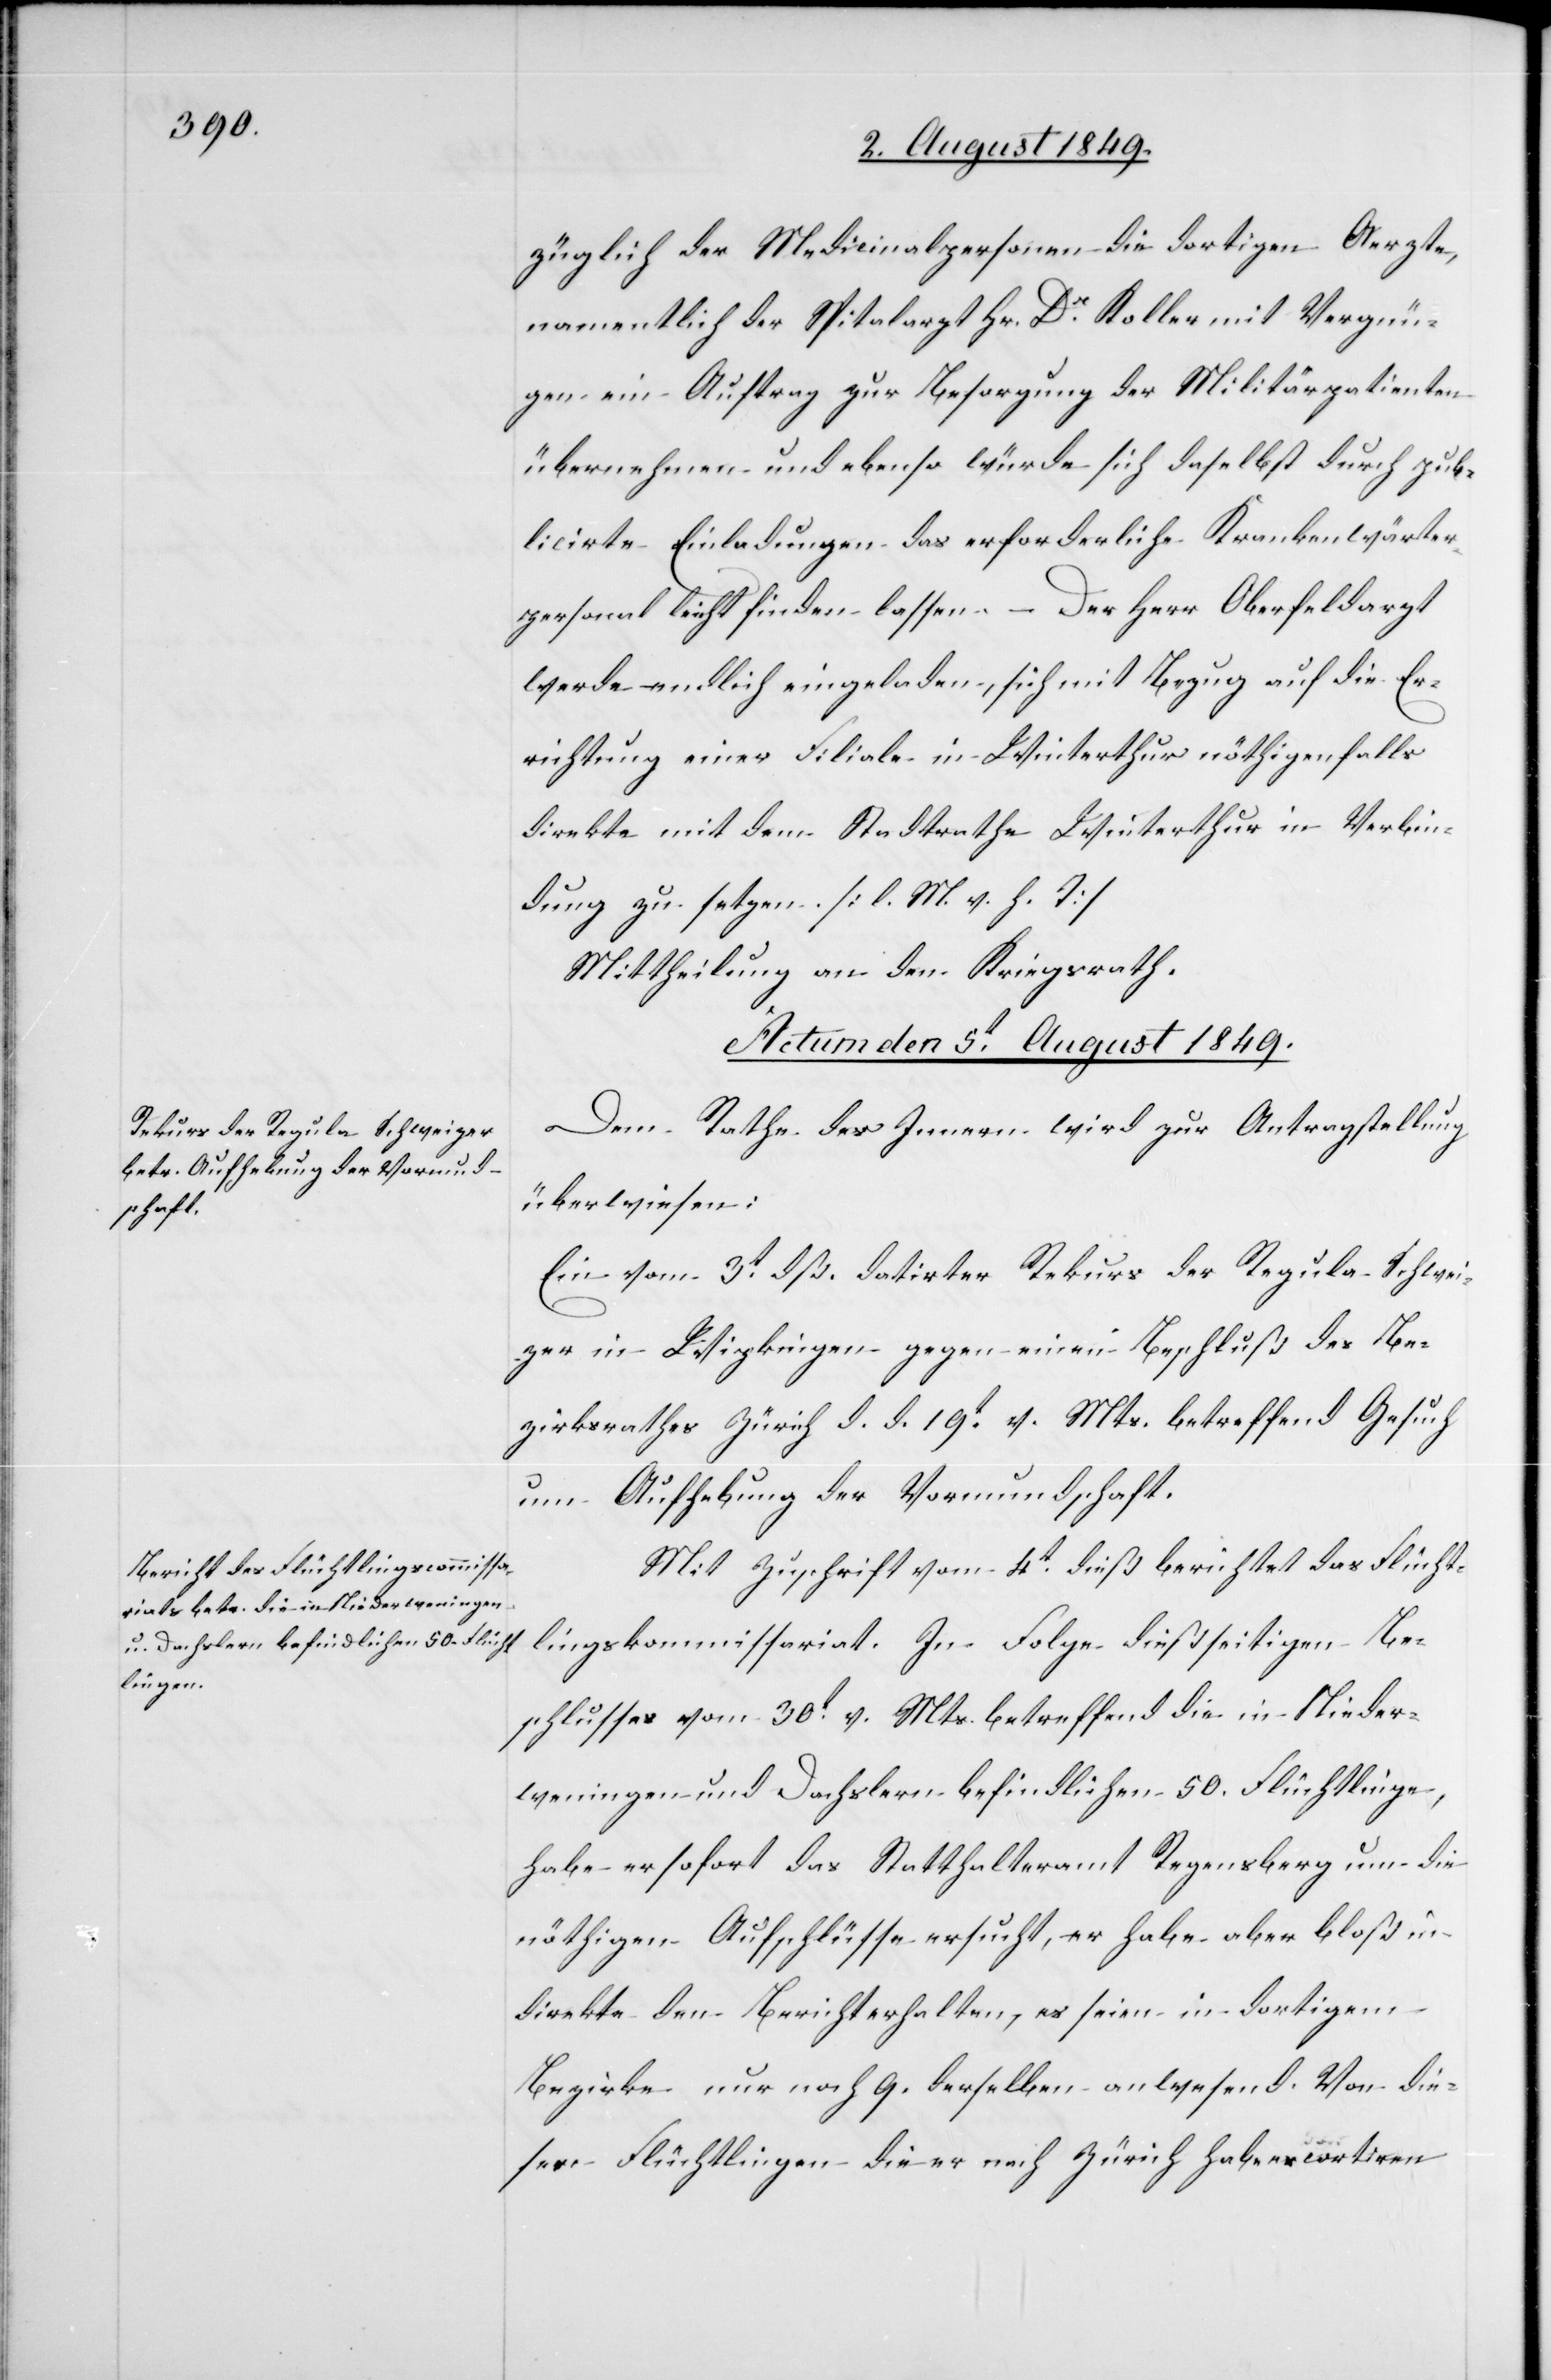
züglich der Medicinalpersonen die dortigen Aerzte,
namentlich der Spitalarzt Hr. Dr Koller mit Vergnü¬
gen ein Auftrag zur Besorgung der Militärpatienten
übernehmen und ebenso Besorgung der Militärpatienten übernehmen
publicirte Einladungen das erforderliche Krankenwärter¬
personal leicht finden lassen. Der Herr Oberfeldarzt
werde endlich eingeladen, sich mit Bezug auf die Er¬
richtung einer Filiale in Winterthur nöthigenfalls
direkte mit dem Stadtrathe Winterthur in Verbin¬
dung zu setzen. [l. M. v. h. T]
Mittheilung an den Kriegsrath.
Actum den 5t August 1849.]
Dem Rathe des Innern wird zur Antragstellung
überwiesen:
Ein vom 3t dß. datirter Rekurs der Regula Schwei¬
zer in Wipkingen gegen einen Beschluß des Be¬
zirksrathes Zürich d. d. 19t v. Mts. betreffend Gesuch
um Aufhebung der Vormundschaft.
Mit Zuschrift vom 4t dieß berichtet das Flücht¬
lingskommissariat. In Folge dießseitigen Be¬
schlusses vom 30t v. Mts. betreffend die in Nieder¬
weningen und Dachslern befindlichen 50. Flüchtlinge,
habe er sofort das Statthalteramt Regensberg um die
nöthigen Aufschlüsse ersucht, er habe aber bloß in¬
direkte den Bericht erhalten, es seien in dortigem
Bezirke nur noch 9. derselben anwesend. Von die¬
sen Flüchtlingen die er nach Zürich habe escortiren